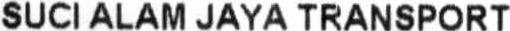
SUCI ALAM JAYA TRANSPORT